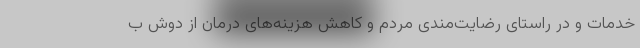
خدمات و در راستای رضایت‌مندی مردم و کاهش هزینه‌های درمان از دوش ب